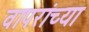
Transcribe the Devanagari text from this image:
वापरांच्या